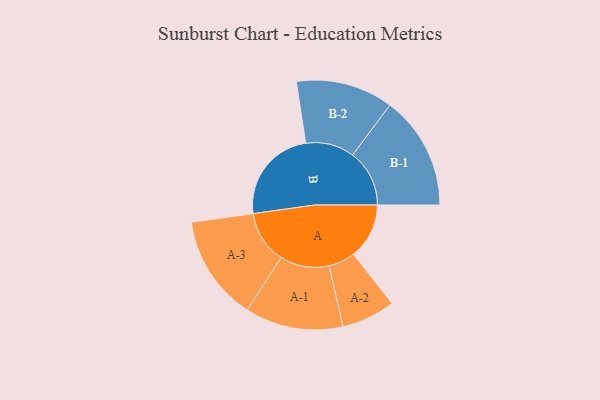
{"axis": {"x": "Segment", "y": "Value"}, "legend": ["", "A", "B"], "data": [{"x": "A", "y": 264, "type": ""}, {"x": "B", "y": 454, "type": ""}, {"x": "A-1", "y": 233, "type": "A"}, {"x": "A-2", "y": 127, "type": "A"}, {"x": "A-3", "y": 250, "type": "A"}, {"x": "B-1", "y": 270, "type": "B"}, {"x": "B-2", "y": 231, "type": "B"}]}